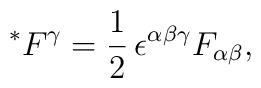
^*{F^\gamma} = \frac{1}{2} \, \epsilon^{\alpha \beta \gamma}F_{\alpha \beta},